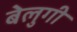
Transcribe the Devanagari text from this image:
बेलुगी